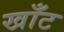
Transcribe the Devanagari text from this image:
खाँट